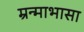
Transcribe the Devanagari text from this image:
म्रन्माभासा